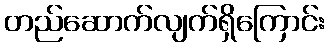
တည်ဆောက်လျက်ရှိကြောင်း